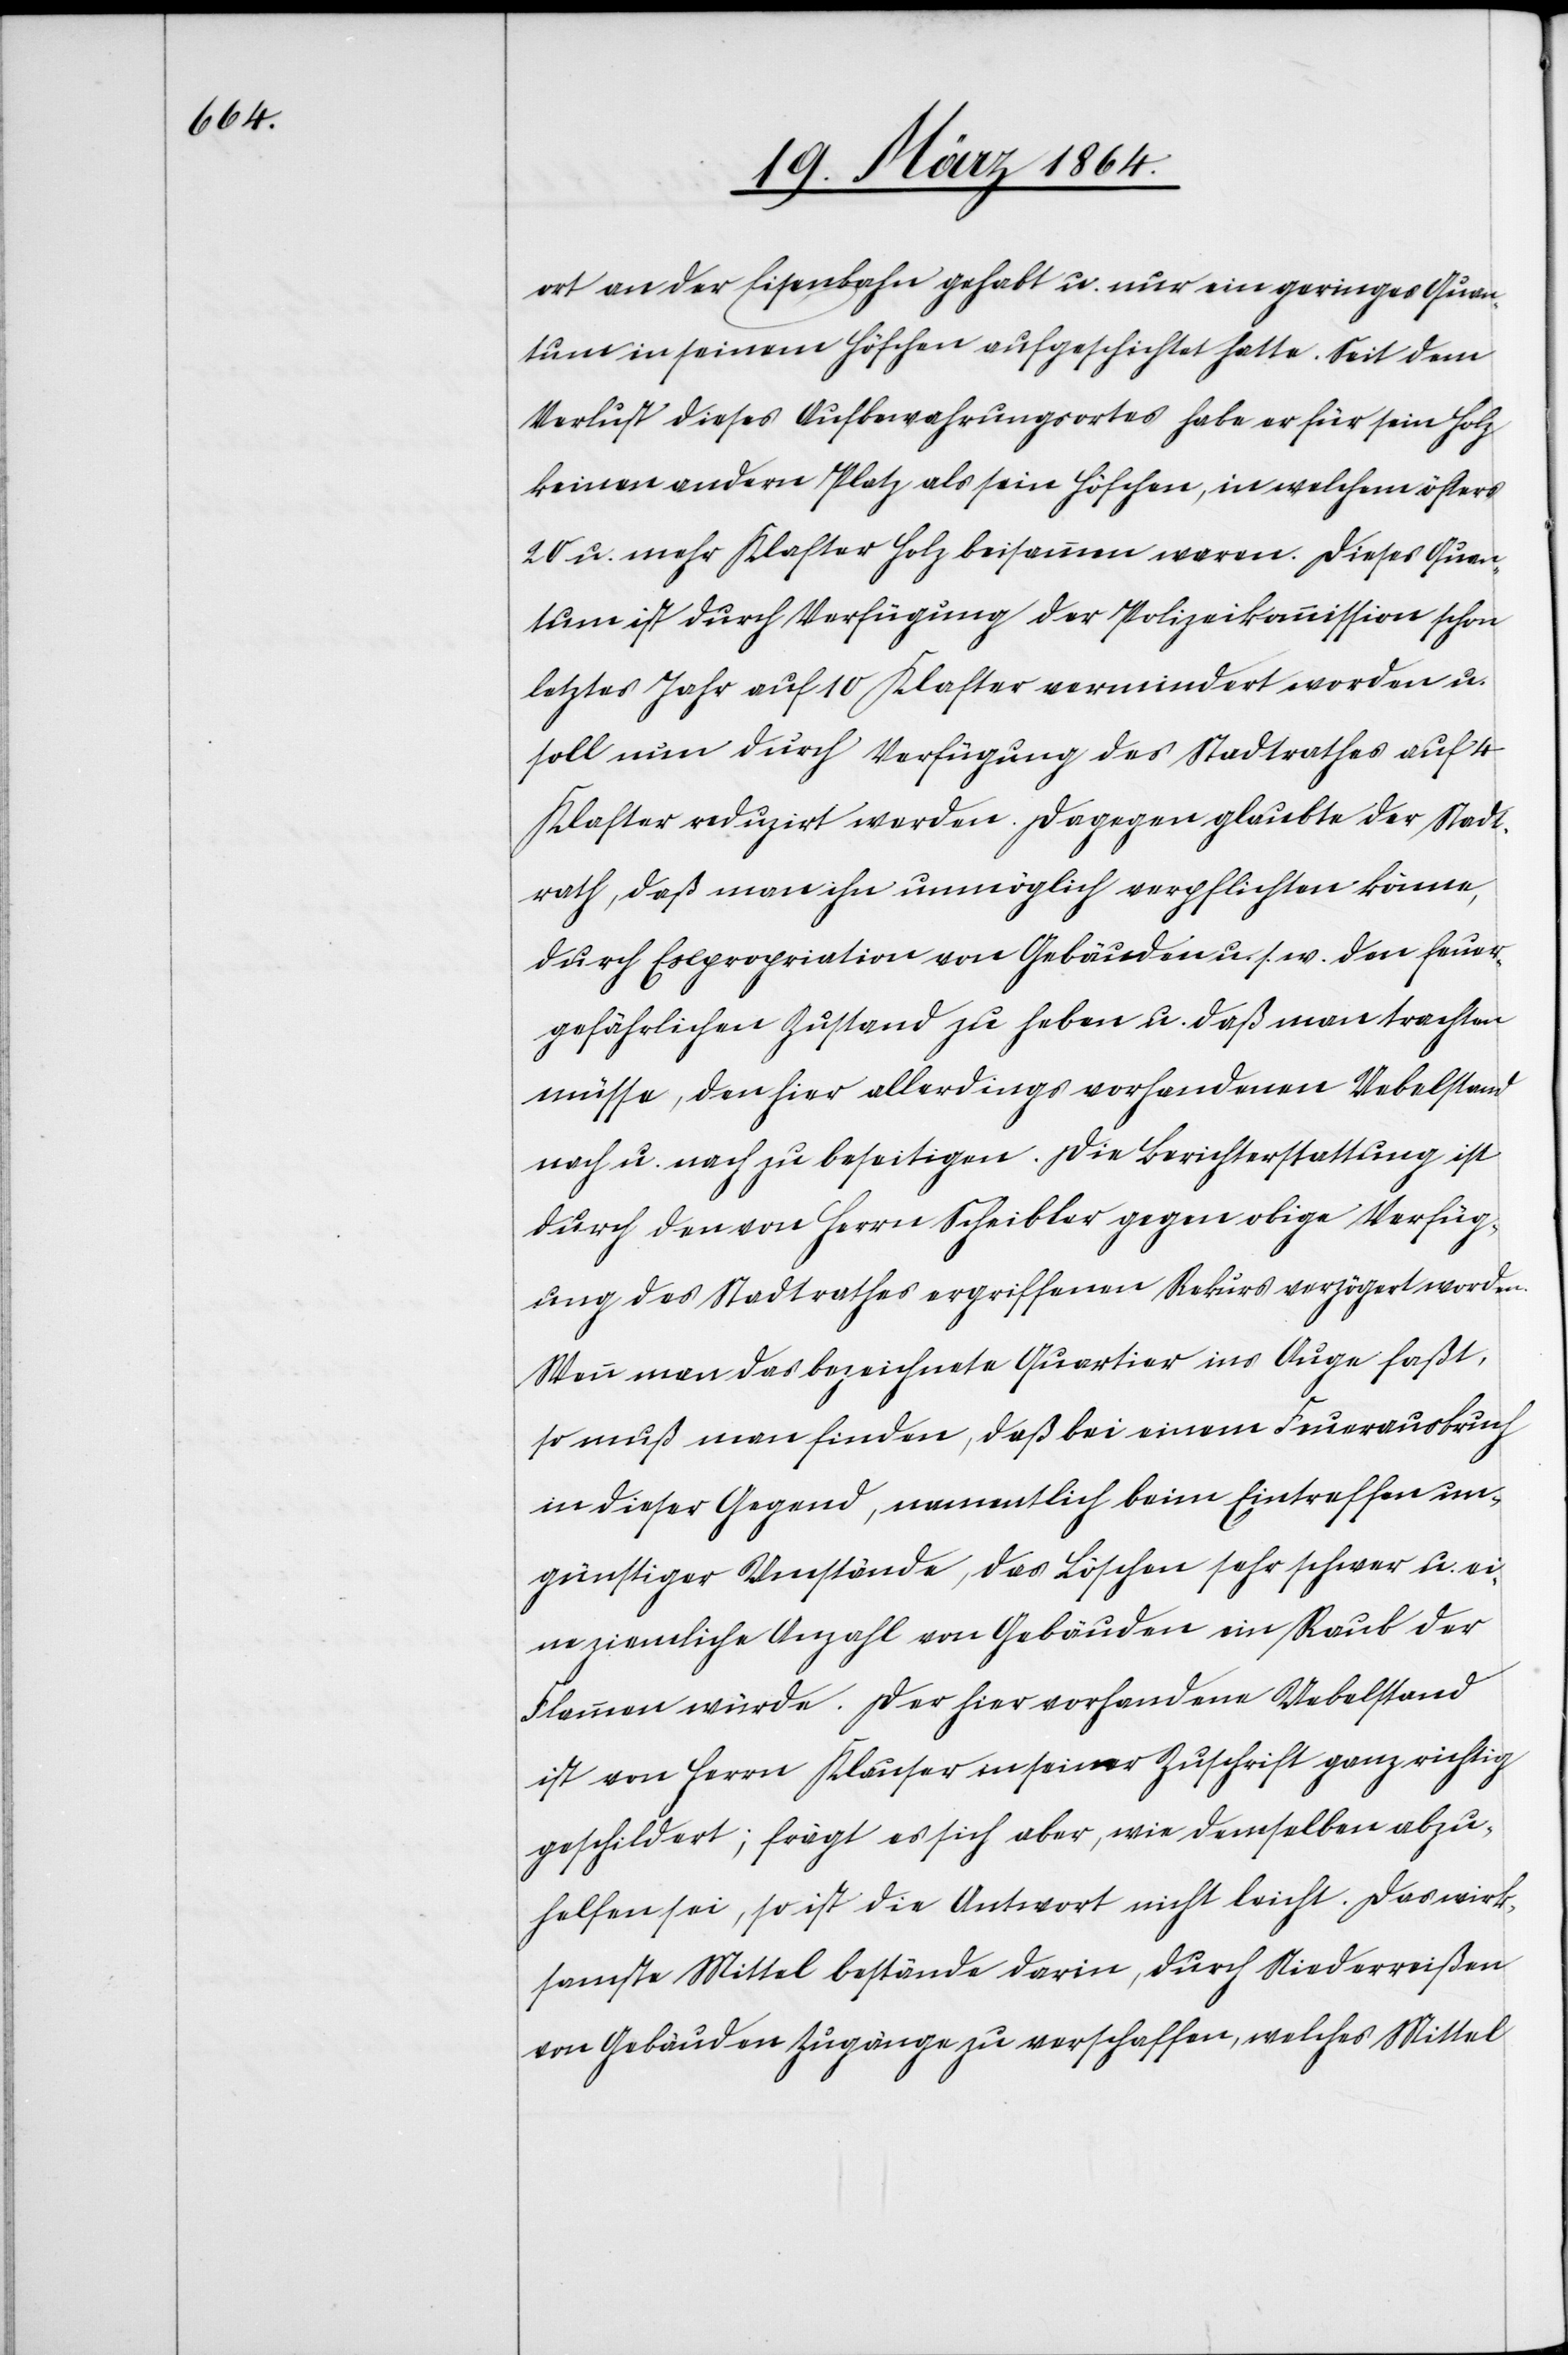
ort an der Eisenbahn gehabt u. nur ein geringes Quan¬
tum in seinem Höfchen aufgeschichtet hatte. Seit dem
Verlust dieses Aufbewahrungsortes habe er für sein Holz
keinen andern Platz als sein Höfchen, in welchem öfters
20 u. mehr Klaster Holz beisammen waren. Dieses Quan¬
tum ist durch Verfügung der Polizeikommission schon
letztes Jahr auf 10 Klaster vermindert worden u.
soll nun durch Verfügung des Stadtrathes auf 4
Klaster reduzirt werden. Dagegen glaubte der Stadt¬
rath, daß man ihn unmöglich verpflichten könne,
durch Expropriation von Gebäuden u. s. w. den feuer¬
gefährlichen Zustand zu heben u. daß man trachten
müsse, den hier allerdings vorhandenen Uebelstand
nach u. nach zu beseitigen. Die Berichterstattung ist
durch den von Herrn Scheibler gegen obige Verfüg¬
ung des Stadtrathes ergriffenen Rekurs verzögert worden.
Wenn man das bezeichnete Quartier ins Auge faßt,
so muß man finden, daß bei einem Feuerausbruch
in dieser Gegend, namentlich beim Eintreffen un¬
günstiger Umstände, das Löschen sehr schwer u. ei¬
ne ziemliche Anzahl von Gebäuden ein Raub der
Flammen würde. Der hier vorhandene Uebelstand
ist von Herrn Klauser in seiner Zuschrift ganz richtig
geschildert; frägt es sich aber, wie demselben abzu¬
helfen sei, so ist die Antwort nicht leicht. Das wirk¬
samste Mittel bestände darin, durch Niederreißen
von Gebäuden Zugänge zu verschaffen, welches Mittel